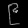
Digit: ၉